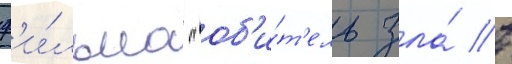
ф'и́льма "об'и́т'ель зла́ в